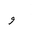
Letter: _waw